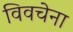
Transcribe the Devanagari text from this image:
विवचेना